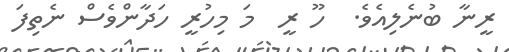
ރީނާ ބުނެލިއެވެ.  ހޫ ރީ  މަ މިހުރީ ހަދާންވެސް ނެތިފަ